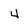
Character: 4